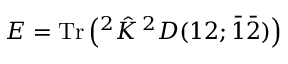
E = \mathrm { T r } \left( ^ { 2 } { \hat { K } } \, ^ { 2 } D ( 1 2 ; { \bar { 1 } } { \bar { 2 } } ) \right)